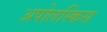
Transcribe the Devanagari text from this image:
अपोलस्किस